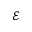
\mathcal { E }